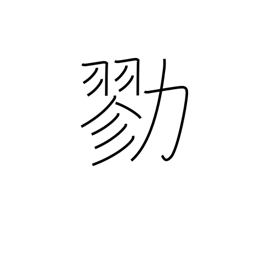
Meaning: join forces